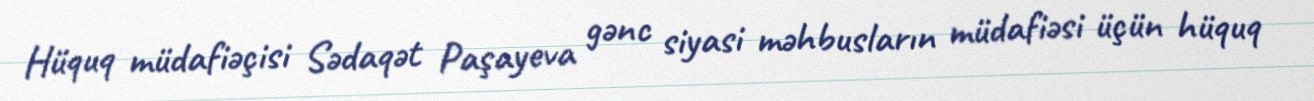
Hüquq müdafiəçisi Sədaqət Paşayeva gənc siyasi məhbusların müdafiəsi üçün hüquq